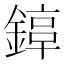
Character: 𨪟